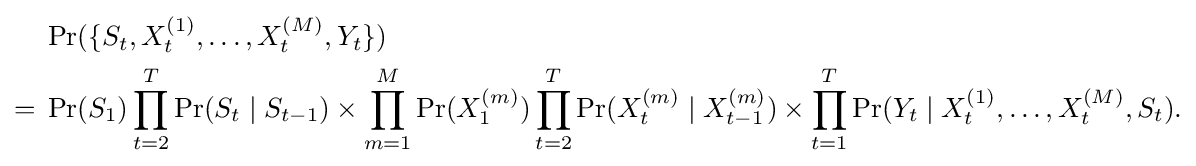
{\begin{aligned}&\Pr(\{S_{t},X_{t}^{(1)},\ldots ,X_{t}^{(M)},Y_{t}\})\\={}&\Pr(S_{1})\prod _{t=2}^{T}\Pr(S_{t}\mid S_{t-1})\times \prod _{m=1}^{M}\Pr(X_{1}^{(m)})\prod _{t=2}^{T}\Pr(X_{t}^{(m)}\mid X_{t-1}^{(m)})\times \prod _{t=1}^{T}\Pr(Y_{t}\mid X_{t}^{(1)},\ldots ,X_{t}^{(M)},S_{t}).\end{aligned}}